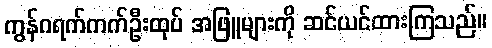
ကွန်ဂရက်ကက်ဦးထုပ် အဖြူများကို ဆင်ယင်ထားကြသည်။